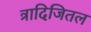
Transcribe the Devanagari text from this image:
त्रादिजितल